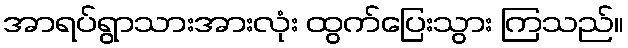
အာရပ်ရွာသားအားလုံး ထွက်ပြေးသွား ကြသည်။